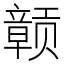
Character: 𫎬